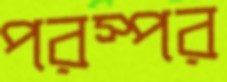
পরস্পর